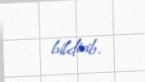
bildirib.